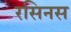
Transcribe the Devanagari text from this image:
रसिनस